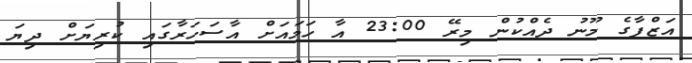
އަޒްފާގެ މޫނު ދެއްކުން މިރޭ 23:00 އާ ހަމައަށް އާސަހަރާގައި ކުރިޔަށް ދިޔަ